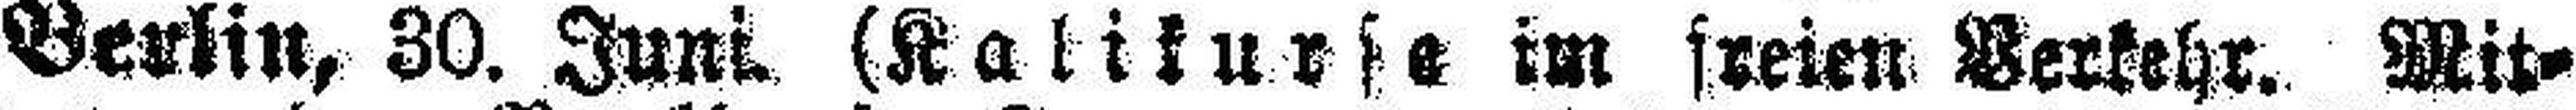
Berlin, 30. Juni. (Kalikurse im freien Verkehr. Mit¬